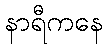
နာရီကနေ